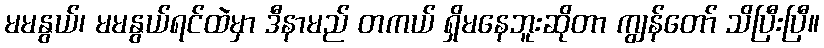
မမနွယ်၊ မမနွယ်ရင်ထဲမှာ ဒီနာမည် တကယ် ရှိမနေဘူးဆိုတာ ကျွန်တော် သိပြီးပြီ။